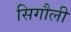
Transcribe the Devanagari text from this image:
सिगौली